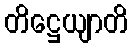
တိဋ္ဌေယျာတိ